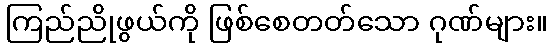
ကြည်ညိုဖွယ်ကို ဖြစ်စေတတ်သော ဂုဏ်များ။